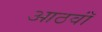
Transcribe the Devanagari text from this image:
आठवॉं